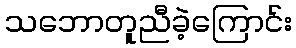
သဘောတူညီခဲ့ကြောင်း